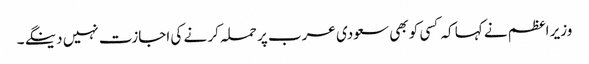
وزیر اعظم نے کہا کہ کسی کو بھی سعودی عرب پر حملہ کر نے کی اجازت نہیں دینگے ۔